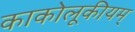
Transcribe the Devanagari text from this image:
काकोलूकीयम्